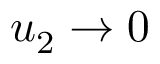
u _ { 2 } \to 0